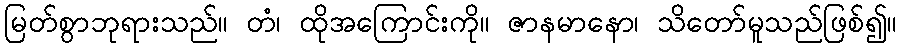
မြတ်စွာဘုရားသည်။ တံ၊ ထိုအကြောင်းကို။ ဇာနမာနော၊ သိတော်မူသည်ဖြစ်၍။